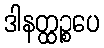
ဒါနတ္ထဉ္စပေ